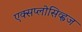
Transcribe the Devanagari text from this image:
एक्सप्लोसिव्ह्वज